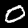
Label: 0